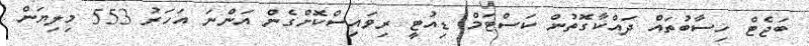
ބަޖެޓް ހިސާބުތައް ދައްކާގޮތުން ކަސްޓަމް ޑިއުޓީ ރިވައިސްކޮށްގެން އަންނަ އަހަރު 553 މިލިޔަން